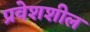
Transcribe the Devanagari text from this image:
प्रवेशशील